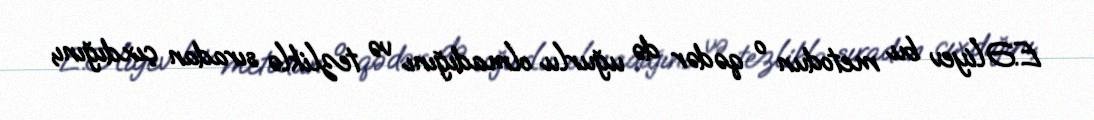
E.Əliyev bu metodun o qədər də uğurlu olmadığını və tezliklə sıradan çıxdığını,